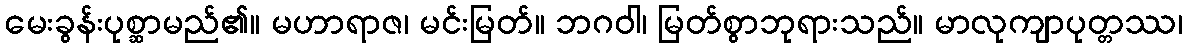
မေးခွန်းပုစ္ဆာမည်၏။ မဟာရာဇ၊ မင်းမြတ်။ ဘဂဝါ၊ မြတ်စွာဘုရားသည်။ မာလုကျာပုတ္တဿ၊